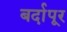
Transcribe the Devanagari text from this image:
बर्दापूर